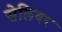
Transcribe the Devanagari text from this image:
सेलियर